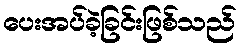
ပေးအပ်ခဲ့ခြင်းဖြစ်သည်